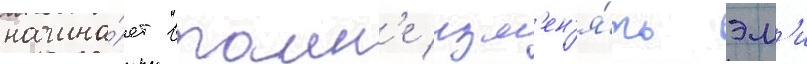
начина́ет втаин'е изм'ен'я́ть эм'и